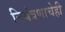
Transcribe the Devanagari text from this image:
नियंत्रणाचेही